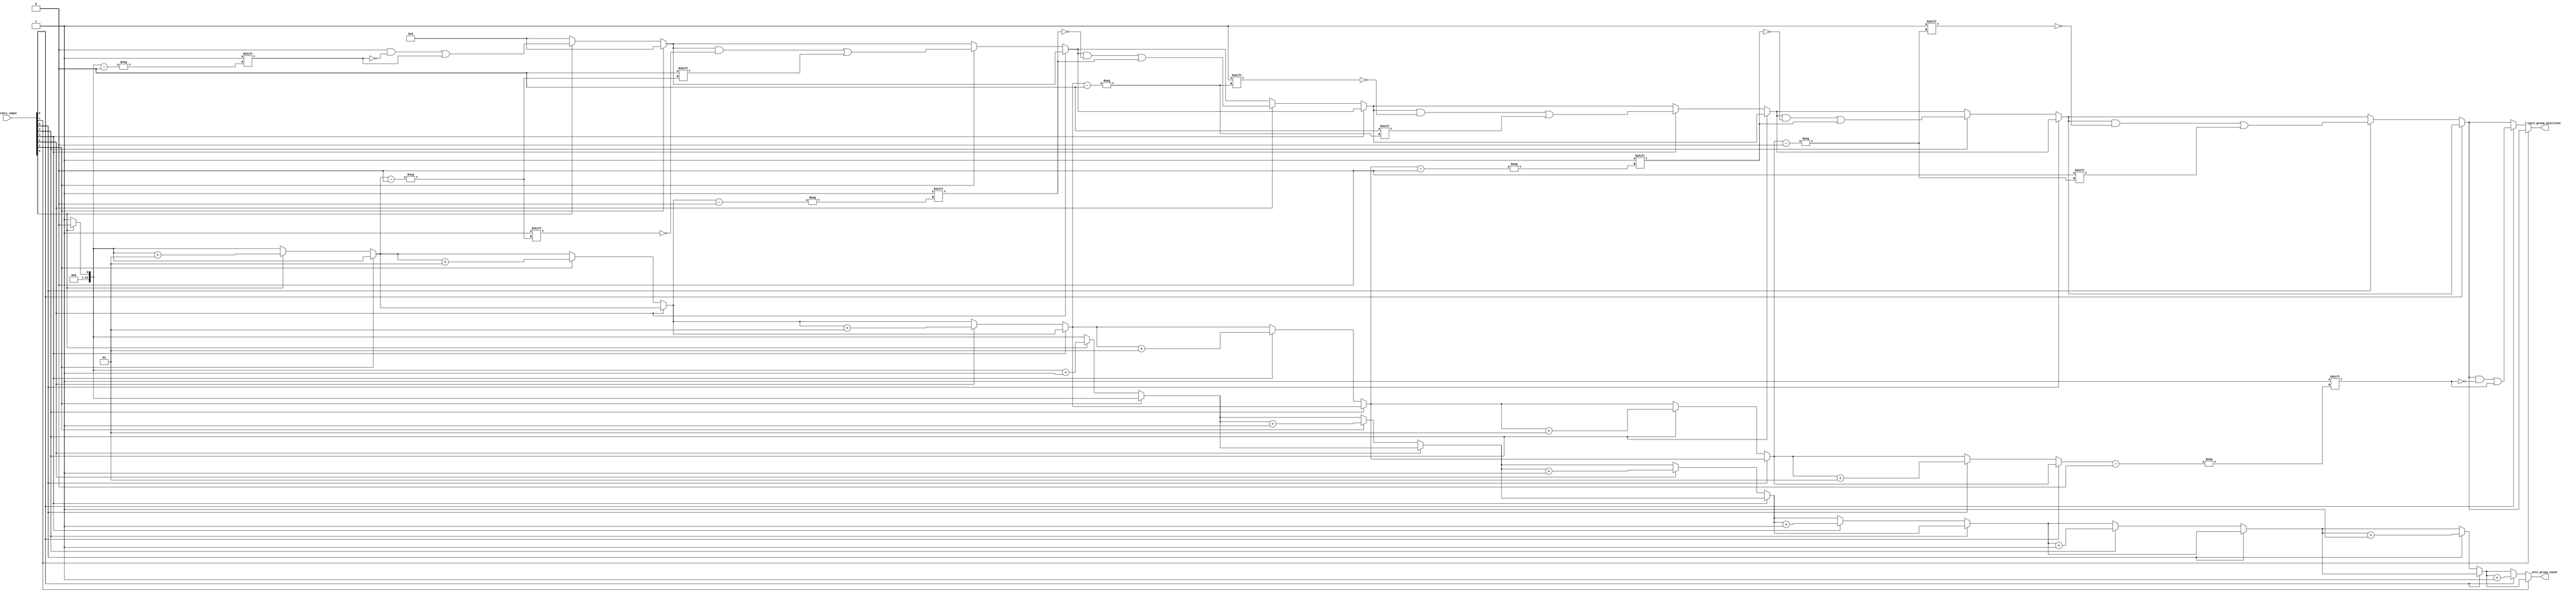
module ZeroGrouping (
    input wire [N-1:0] binary_input,  // N-bit binary input vector
    output reg [31:0] zero_group_count, // Count of zero groups (32 bits for larger counts)
    output reg [N-1:0] zero_group_positions // Positions of zero groups (N bits for each position)
);
    parameter N = 8; // Define the size of the input vector (can be changed as needed)
    
    integer i;
    integer pos_index;

    always @* begin
        // Initialize outputs
        zero_group_count = 0;
        zero_group_positions = 0;
        pos_index = 0;

        // Traverse the input vector
        for (i = 0; i < N; i = i + 1) begin
            // Check for the start of a new group of zeros
            if (binary_input[i] == 0) begin
                // Check if it's the start of a new group
                if (i == 0 || binary_input[i-1] == 1) begin
                    // Record the position of the new group
                    zero_group_positions[pos_index] = i;
                    pos_index = pos_index + 1;
                    zero_group_count = zero_group_count + 1;
                end
            end
        end

        // If the last bit is zero, we already counted it in the loop
        // No additional action needed here
    end
endmodule